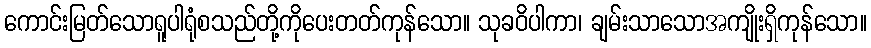
ကောင်းမြတ်သောရူပါရုံစသည်တို့ကိုပေးတတ်ကုန်သော။ သုခဝိပါကာ၊ ချမ်းသာသောအကျိုးရှိကုန်သော။